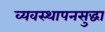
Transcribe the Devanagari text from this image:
व्यवस्थापनसुद्धा